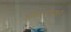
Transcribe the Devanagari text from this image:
अहिराणीवर